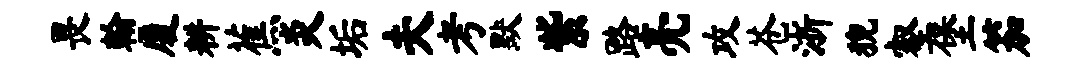
畏翰厦耕蕉炎垢夫考默紫路亮攻苍浙猊壑堡笳